Medical and sanitary report of the native army of Bengal for the year
Year: 1877
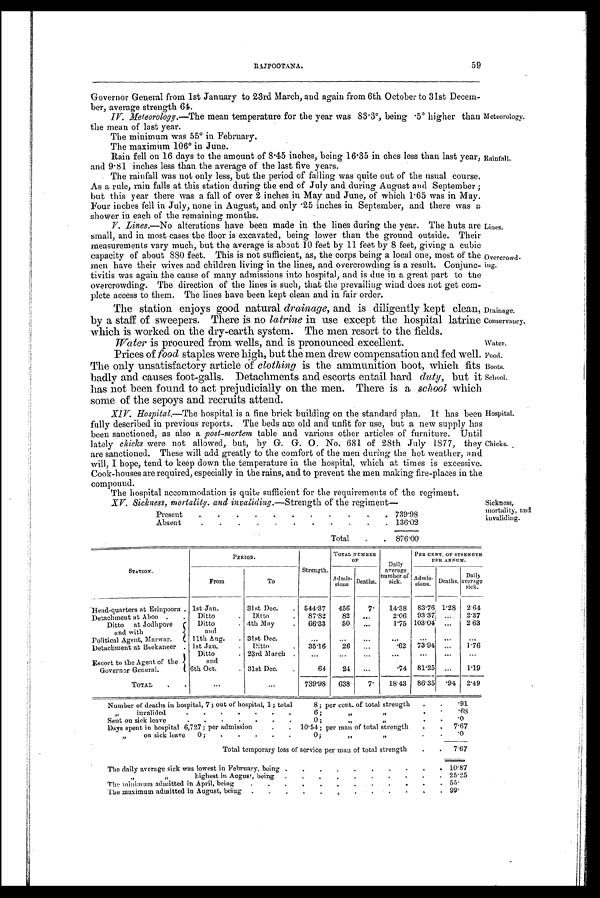
Meteorology.
Rainfall.
Lines.
Overcrowd.
ing.
Drainage.
Conservancy.
Water.
Food.
Boots.
School.
Hospital.
fChicks.
Sickness,
mortality, and
invaliding.
RAJPOOTANA.
59
Governor General from 1st January to 23rd March, and again from 6th October to 31st Decem-
ber, average strength 64.
IV.
Meteorology.—The mean temperature for the year was 83.3°, being .5° higher than
the mean of last year.
The minimum was 55° in February.
The maximum 106° in June.
Rain fell on 16 days to the amount of 8.45 inches, being 16.35 in ches less than last year,
and 9.81 inches less than the average of the last five years.
The rainfall was not only less, but the period of falling was quite out of the usual course.
As a rule, rain falls at this station during the end of July and during August and September ;
but this year there was a fall of over 2 inches in May and June, of which 1.65 was in May.
Four inches fell in July, none in August, and only .25 inches in September, and there was a
shower in each of the remaining months.
V.
Lines.—No alterations have been made in the lines during the year. The huts are
small, and in most cases the floor is excavated, being lower than the ground outside. Their
measurements vary much, but the average is about 10 feet by 11 feet by 8 feet, giving a cubic
capacity of about 880 feet. This is not sufficient, as, the corps being a local one, most of the
men have their wives and children living in the lines, and overcrowding is a result. Conjunc-
tivitis was again the cause of many admissions into hospital, and is due in a great part to the
overcrowding. The direction of the lines is such, that the prevailing wind does not get com-
plete access to them. The lines have been kept clean and in fair order.
The station enjoys good natural drainage, and is diligently kept clean,
by a staff of sweepers. There is no latrine in use except the hospital latrine
which is worked on the dry-earth system. The men resort to the fields.
Water is procured from wells, and is pronounced excellent.
Prices of food staples were high, but the men drew compensation and fed well.
The only unsatisfactory article of clothing is the ammunition boot, which fits
badly and causes foot-galls. Detachments and escorts entail hard duty, but it
has not been found to act prejudicially on the men. There is a school which
some of the sepoys and recruits attend.
XIV Hospital.— The hospital is a fine brick building on the standard plan. It has been
fully described in previous reports. The beds are old and unfit for use, but a new supply has
been sanctioned, as also a post-mortem table and various other articles of furniture. Until
lately chicks were not allowed, but, by G. G. O. No. 681 of 28th July 1877, they
are sanctioned. These will add greatly to the comfort of the men during the hot weather, and
will, I hope, tend to keep down the temperature in the hospital, which at times is excessive.
Cook-houses are required, especially in the rains, and to prevent the men making fire-places in the
compound.
The hospital accommodation is quite sufficient for the requirements of the regiment.
XV. Sickness, mortality. and invaliding.—Strength of the regiment.—
Present
.
.
.
.
.
.
.
.
.
.
.
739.98
Absent
.
.
.
.
.
.
.
.
.
Total
.
.
.
.
136.02
876.00
STATION.
PERIOD.
Strength.
TOTAL NUMBER
OF
Daily
average
number of
sick.
PER CENT. OF STRENGTH
PER ANNUAL.
From
To
Admis -sions Deaths.
Admis-
sions.
Deaths.
Daily
average
sick.
Head-quarters at Erinpoora .
1st Jan.
31st Dec.
.
544.37
456
7.
14.38
83.76
1.28
2.64
Detachment at Aboo
.
.
Ditto
.
Ditto
.
87.82
82
...
2.06
93.37
...
2.37
Ditto
at Jodhpore
Ditto
.
4th May
.
66.33
50
...
1.75
103.04
...
2 63
and with
Political Agent, Marwar.
and
11th Aug.
. 31st Dec.
...
...
... ... ... ... ...
Detachment at Beekaneer
.
1st Jan.
.
Ditto
.
35.16
26
...
.62
73.94
...
1.76
Ditto
.
23rd March
.
...
...
...
... ... ... ...
Escort to the Agent of the
Governor General.
and
6th Oct.
.
31st Dec.
.
64
24
...
.74
81.25
...
1.19
TOTAL
.
.
...
...
739.98
638
7.
18.43
86.35
.94
2.49
Number of deaths in hospital, 7 ; out of hospital, 1; total
8; per cent. of total strength
.
.
.91
„
invalided . . .
.
.
.
.
6 ;
„„„
. .
. 68
Sent on sick leave. . .
.
.
.
.
0 ;
„ „
.
.
.0
Days spent in hospital 6,727; per admission
. .
10.54; per man of total strength
.
.
7.67
„
on sick leave
0;
.
.
.
.
.
0;
„„.
.
.0
Total temporary loss of service per man of total strength
.
.
7.67
The daily average sick was lowest in February, being .
.
.
. . . . . .
10.87
„ „
highest in August, being
.
.
.
. . . . . . .
25.25
The minimum admitted in April, being
. .
.
. . . .
55.
The maximum admitted in August, being
. . .
.
. . . .
9 9 .